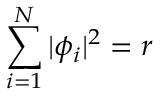
\sum _ { i = 1 } ^ { N } | \phi _ { i } | ^ { 2 } = r